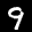
Label: 9